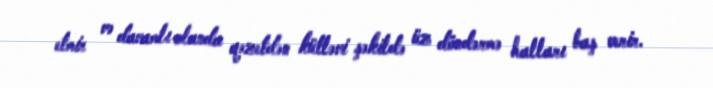
etmir və davamlı olanda qəzetdən kütləvi şəkildə üz döndərmə halları baş verir.